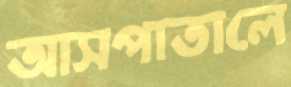
আসপাতালে